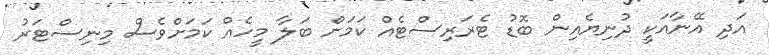
އަދި އޭނާއަކީ ދުނިޔެއިން ބޮޑު ޓެރަރިސްޓެއް ކަމަށް ބަލާ މީހެއް ކަމަށްވެސް މިނިސްޓަރު